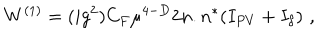
W ^ { ( 1 ) } = ( i g ^ { 2 } ) C _ { F } \mu ^ { 4 - D } 2 n . n ^ { * } ( I _ { P V } + I _ { \delta } ) \, \, ,